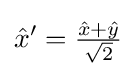
{\hat {x}}'=\textstyle {\frac {{\hat {x}}+{\hat {y}}}{\sqrt {2}}}